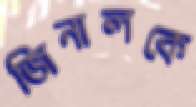
জিনালকে